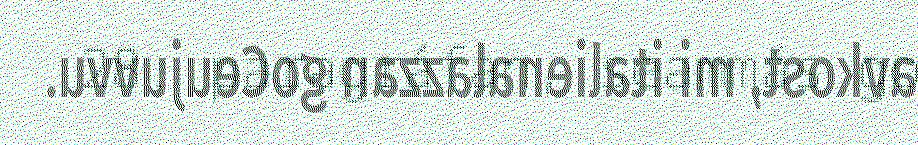
28. paragráfan, seammás go